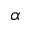
\alpha